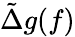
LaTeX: \tilde{\Delta}g(f)